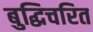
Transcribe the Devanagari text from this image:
बुद्धिचरित